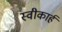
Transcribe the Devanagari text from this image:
स्वीकार्ह